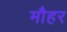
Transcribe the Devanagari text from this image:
मौहर